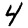
Digit: 4